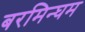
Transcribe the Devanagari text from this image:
बरमिन्घम